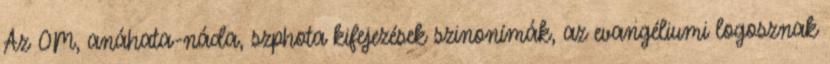
Az OM, anáhata-náda, szphota kifejezések szinonímák, az evangéliumi logosznak